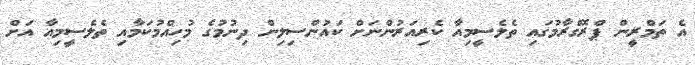
އެ ތަމްރީން ޕްރޮގްރާމުގައި ތެލެސީމިއާ ކެރިއަރުންނަށް ކައުންސިލިން ދިނުމުގެ މުހިއްމުކަމާއި ތެލެސީމިއާ އަށް